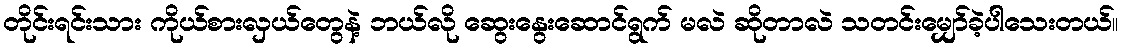
တိုင်းရင်းသား ကိုယ်စားလှယ်တွေနဲ့ ဘယ်လို ဆွေးနွေးဆောင်ရွက် မလဲ ဆိုတာလဲ သတင်းမျှော်ခဲ့ပါသေးတယ်။